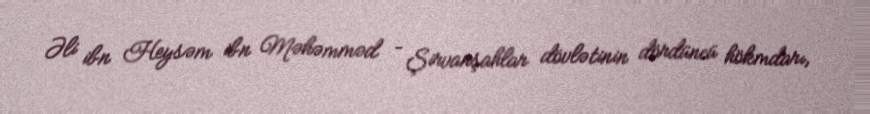
Əli ibn Heysəm ibn Məhəmməd – Şirvanşahlar dövlətinin dördüncü hökmdarı,